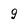
Character: 9